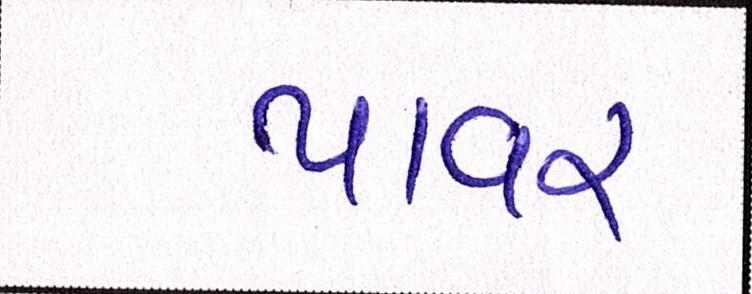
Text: પાવર